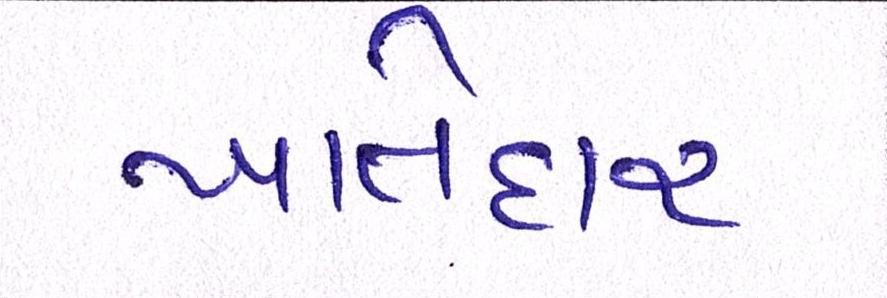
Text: ખાતેદાર